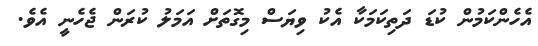
އެހެންކަމުން ކުޑަ ދަތިކަމަކާ އެކު ވިޔަސް މިގޮތަށް އަމަލު ކުރަން ޖެހެނީ އެވެ.